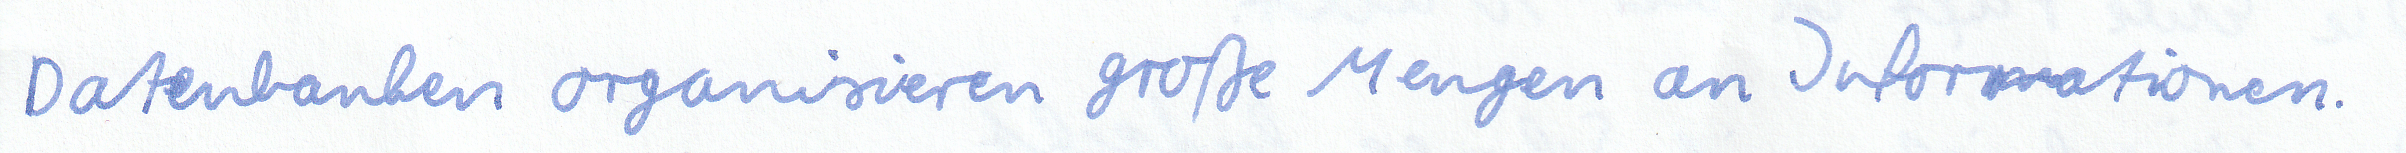
Datenbanken organisieren große Mengen an Informationen.